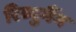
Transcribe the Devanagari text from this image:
रिव्युगैंग